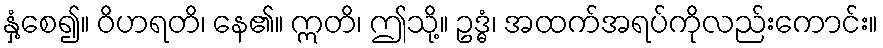
နှံ့စေ၍။ ဝိဟရတိ၊ နေ၏။ ဣတိ၊ ဤသို့။ ဥဒ္ဓံ၊ အထက်အရပ်ကိုလည်းကောင်း။